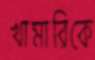
খামারিকে